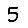
Digit: 5